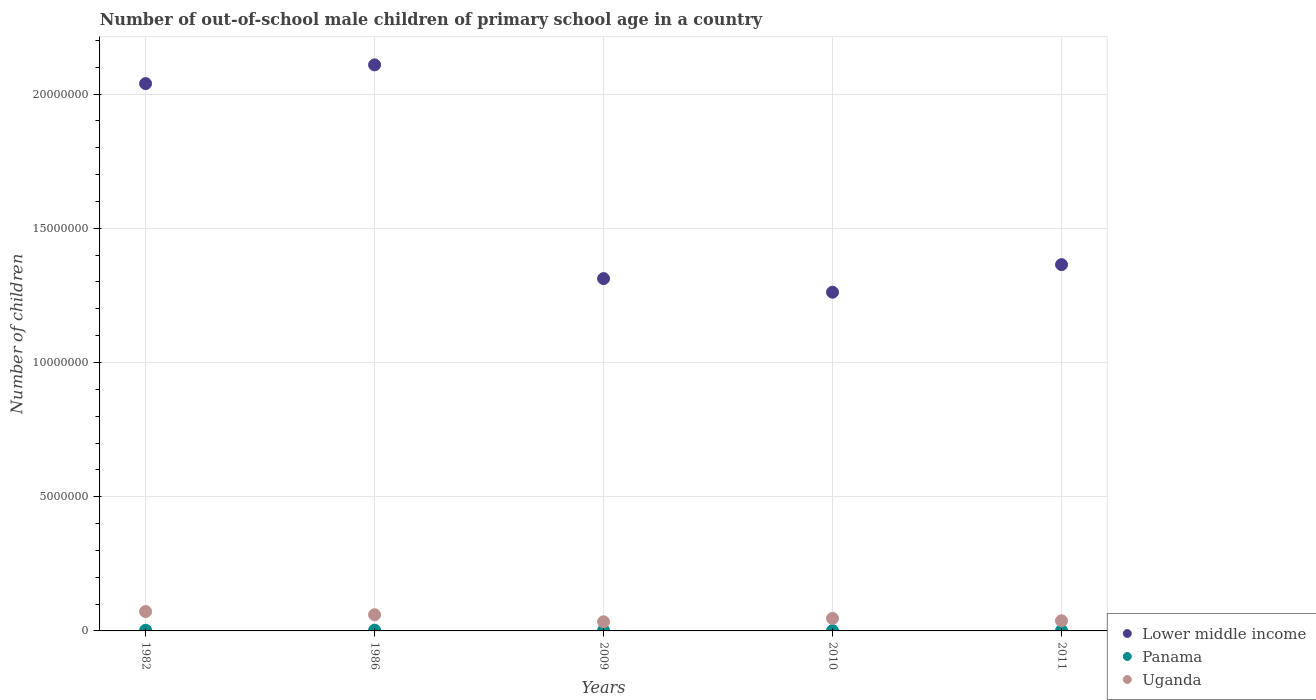
| Years | Lower middle income | Panama | Uganda |
 | --- | --- | --- | --- |
 | 1982 | 2.04e+07 | 2.49e+04 | 7.22e+05 |
 | 1986 | 2.11e+07 | 2.62e+04 | 6.03e+05 |
 | 2009 | 1.31e+07 | 1.6e+04 | 3.4e+05 |
 | 2010 | 1.26e+07 | 1.28e+04 | 4.67e+05 |
 | 2011 | 1.36e+07 | 1.64e+04 | 3.78e+05 |